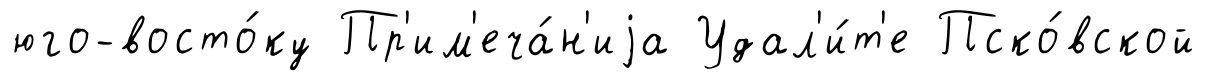
юго-восто́ку Пр'им'еча́н'иjа Удал'и́т'е Пско́вской